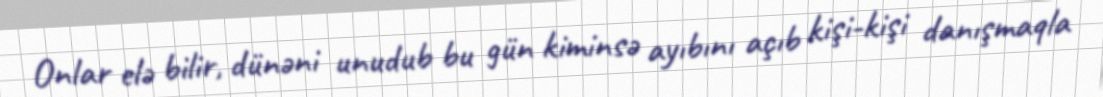
Onlar elə bilir, dünəni unudub bu gün kiminsə ayıbını açıb kişi-kişi danışmaqla